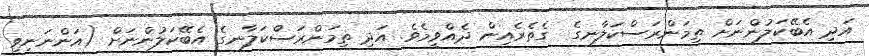
އަދި އެބޭކަލުންނަށް ތިމަންރަސްކަލާނގެ  ގެތެރެއިން ދެއްވީމެވެ. އަދި ތިމަންރަސްކަލާނގެ އެބޭކަލުންނަށް (އަންނަނިވި